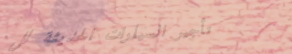
تأجير السيارات الحديثة لل